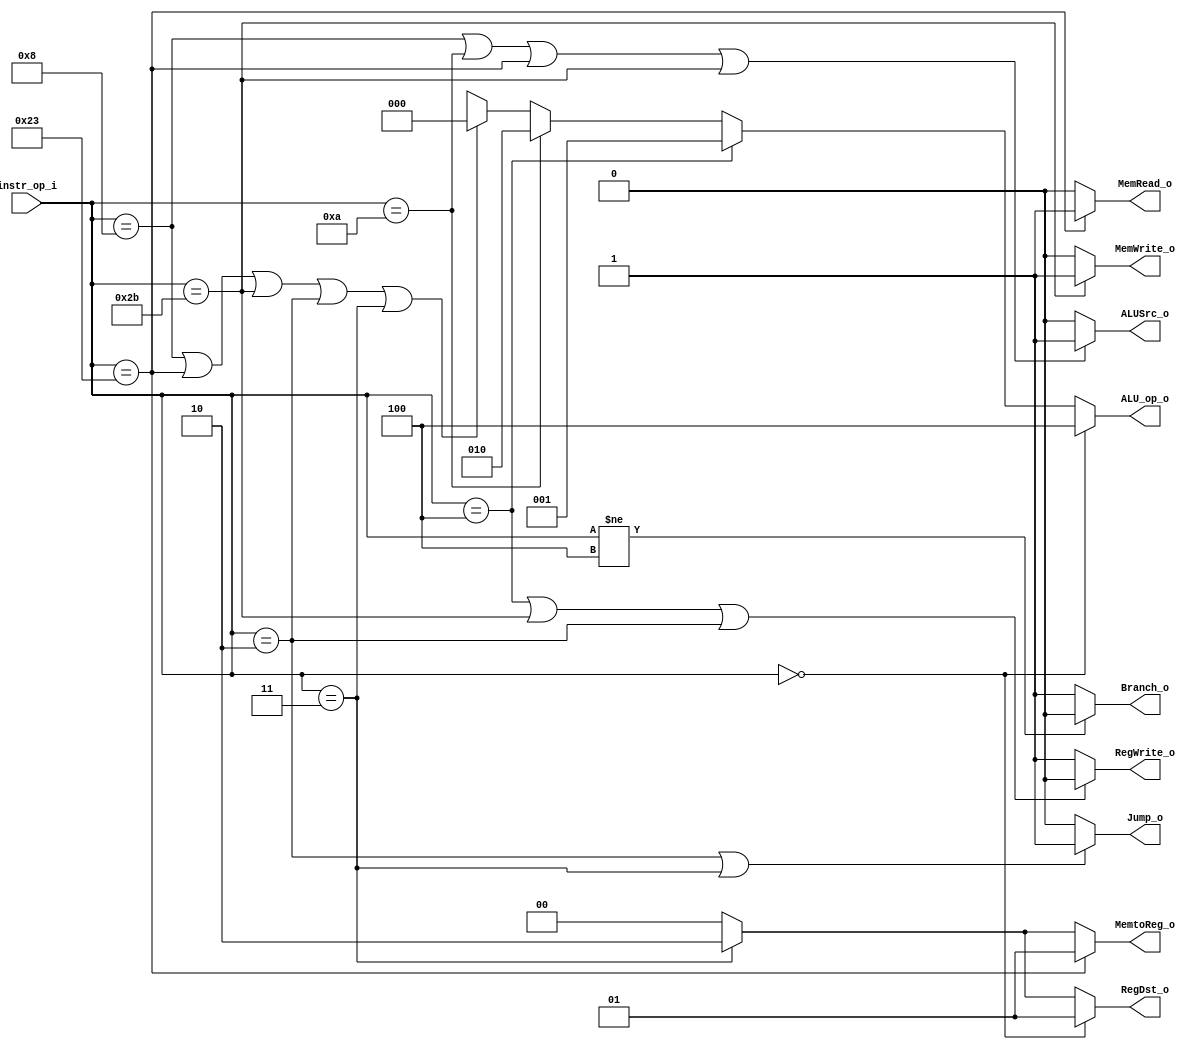
//109550073

//Subject:     CO project 2 - Decoder
//--------------------------------------------------------------------------------
//Version:     1
//--------------------------------------------------------------------------------
//Writer:      Luke
//----------------------------------------------
//----------------------------------------------
//Description: 
//--------------------------------------------------------------------------------

module Decoder(
    instr_op_i,
	RegWrite_o,
	ALU_op_o,
	ALUSrc_o,
	RegDst_o,
	Branch_o,
	Jump_o,
	MemRead_o,
	MemWrite_o,
	MemtoReg_o
	);
     
//I/O ports
input  [6-1:0] instr_op_i;

output         RegWrite_o;
output [3-1:0] ALU_op_o;
output         ALUSrc_o;
output [1:0]   RegDst_o, MemtoReg_o;
output         Branch_o;
output         Jump_o, MemRead_o, MemWrite_o;
 
//Internal Signals
reg    [3-1:0] ALU_op_o;
reg            ALUSrc_o;
reg            RegWrite_o;
reg    [1:0]   RegDst_o, MemtoReg_o;
reg            Branch_o;
reg            Jump_o, MemRead_o, MemWrite_o;

//Parameter


//Main function
always @(*) begin
    RegDst_o <= (instr_op_i == 6'b000000)? 2'b01:
                (instr_op_i == 6'b000011)? 2'b10:2'b00;
    MemtoReg_o <= (instr_op_i == 6'b100011)? 2'b01:   //lw
                (instr_op_i == 6'b000011)? 2'b10:2'b00; //jal
    RegWrite_o <= (instr_op_i == 6'b000100 || instr_op_i == 6'b101011|| instr_op_i == 6'b000010)? 1'b0:1'b1; //beq sw jump
    Branch_o <= (instr_op_i != 6'b000100)? 1'b0:1'b1;
    ALUSrc_o <= (instr_op_i == 6'b001000||instr_op_i == 6'b001010||instr_op_i == 6'b100011||instr_op_i == 6'b101011)? 1'b1:1'b0; //add slt lwsw
    ALU_op_o <= (instr_op_i == 6'b000000)? 3'b100:        
              (instr_op_i == 6'b000100)? 3'b001: //beq
              (instr_op_i == 6'b001010)? 3'b010: //sltiu 
              (instr_op_i == 6'b001000||instr_op_i == 6'b100011||instr_op_i == 6'b101011||instr_op_i == 6'b000010||instr_op_i == 6'b000011)? 3'b000: 3'bxxx;//addi lwsw jump jal
    Jump_o <= (instr_op_i == 6'b000010||instr_op_i == 6'b000011)? 1'b1:1'b0;  //jump jal 
    MemRead_o <= (instr_op_i == 6'b100011)? 1'b1:1'b0; //lw
    MemWrite_o <= (instr_op_i == 6'b101011)? 1'b1:1'b0;
end
endmodule